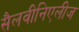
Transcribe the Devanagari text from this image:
सैलवीनिएलीज